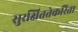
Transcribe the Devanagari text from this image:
सुरक्षिततेकरिता